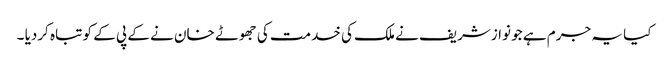
کیا یہ جرم ہے جو نوازشریف نے ملک کی خدمت کی جھوٹے خان نے کے پی کے کو تباہ کردیا ۔